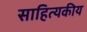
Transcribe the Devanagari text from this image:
साहित्यकीय